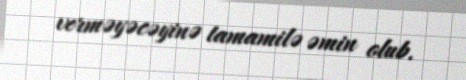
verməyəcəyinə tamamilə əmin olub.